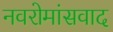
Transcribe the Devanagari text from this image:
नवरोमांसवाद